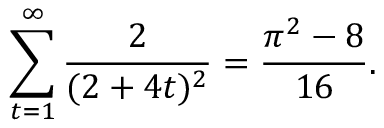
\sum _ { t = 1 } ^ { \infty } \frac { 2 } { ( 2 + 4 t ) ^ { 2 } } = \frac { \pi ^ { 2 } - 8 } { 1 6 } .